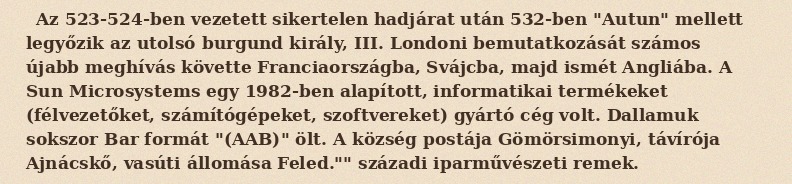
Az 523-524-ben vezetett sikertelen hadjárat után 532-ben "Autun" mellett legyőzik az utolsó burgund király, III. Londoni bemutatkozását számos újabb meghívás követte Franciaországba, Svájcba, majd ismét Angliába. A Sun Microsystems egy 1982-ben alapított, informatikai termékeket (félvezetőket, számítógépeket, szoftvereket) gyártó cég volt. Dallamuk sokszor Bar formát "(AAB)" ölt. A község postája Gömörsimonyi, távírója Ajnácskő, vasúti állomása Feled."" századi iparművészeti remek.